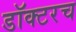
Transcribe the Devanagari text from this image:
डॉक्टरच